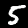
Digit: 5